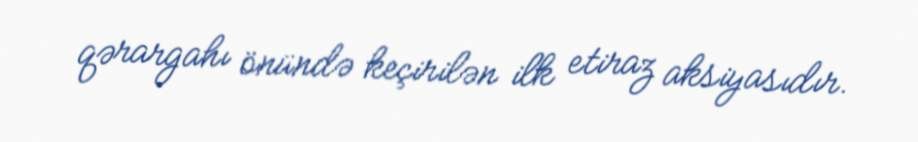
qərargahı önündə keçirilən ilk etiraz aksiyasıdır.